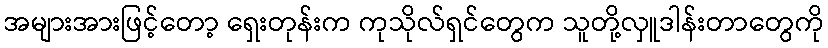
အများအားဖြင့်တော့ ရှေးတုန်းက ကုသိုလ်ရှင်တွေက သူတို့လှူဒါန်းတာတွေကို